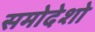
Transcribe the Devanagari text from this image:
समोदेशो